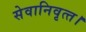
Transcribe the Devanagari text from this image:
सेवानिवृत्‍त।